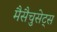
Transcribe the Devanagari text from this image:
मैसैचुसेट्स